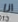
انا